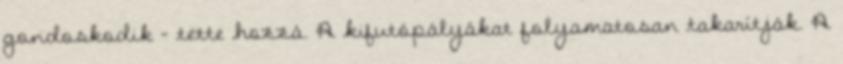
gondoskodik - tette hozzá. A kifutópályákat folyamatosan takarítják. A